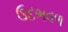
ઉદભવળ